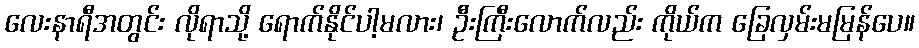
လေးနာရီအတွင်း လိုရာသို့ ရောက်နိုင်ပါ့မလား၊ ဦးကြီးလောက်လည်း ကိုယ်က ခြေလှမ်းမမြန်ပေ။